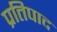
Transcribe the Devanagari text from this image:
प्रतिपाद